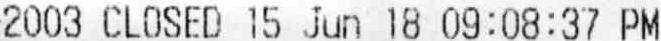
2003 CLOSED 15 JUN 18 09:08:37 PM